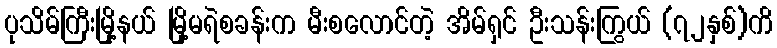
ပုသိမ်ကြီးမြို့နယ် မြို့မရဲစခန်းက မီးစလောင်တဲ့ အိမ်ရှင် ဦးသန်းကြွယ် (၇၂နှစ်)ကိ